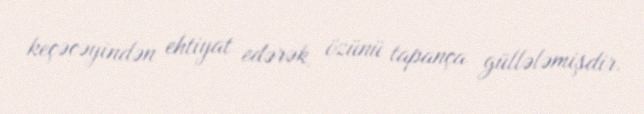
keçəcəyindən ehtiyat edərək, özünü tapança güllələmişdir.